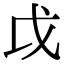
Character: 戉